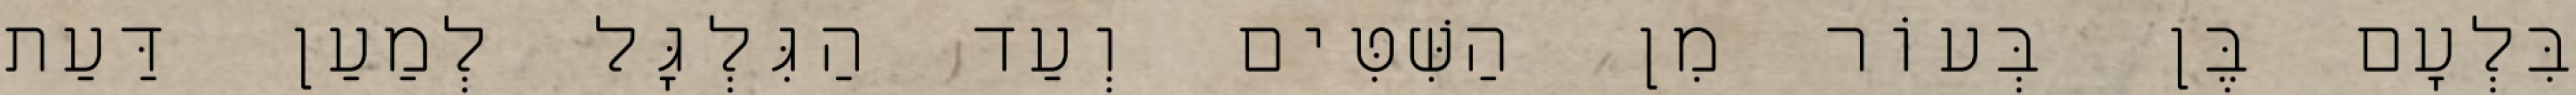
בִּלְעָם בֶּן בְּעוֹר מִן הַשִּׁטִּים וְעַד הַגִּלְגָּל לְמַעַן דַּעַת